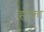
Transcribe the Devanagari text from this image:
होका